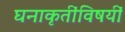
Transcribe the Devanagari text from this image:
घनाकृतींविषयीं